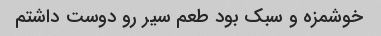
خوشمزه و سبک بود طعم سیر رو دوست داشتم